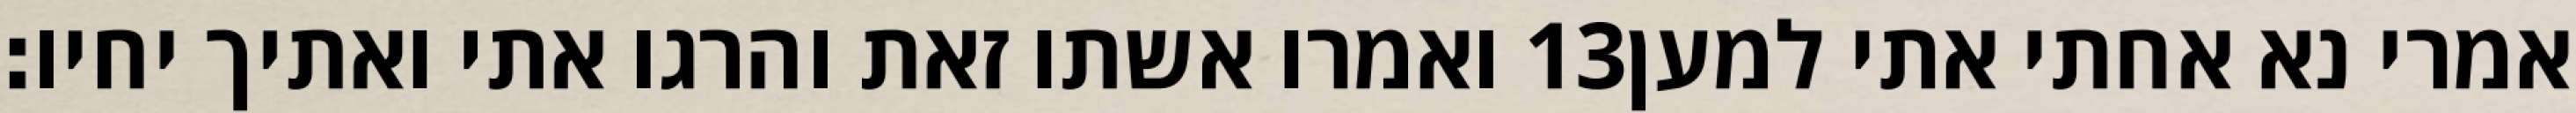
ואמרו אשתו זאת והרגו אתי ואתיך יחיו׃ ‎13‏ אמרי נא אחתי אתי למען